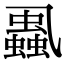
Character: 𧒢